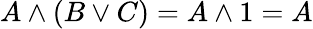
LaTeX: A\land(B\lor C)=A\land 1=A